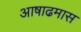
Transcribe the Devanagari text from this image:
अाषाढमास